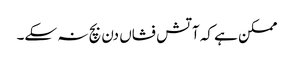
ممکن ہے کہ آتش فشاں دن بچ نہ سکے۔